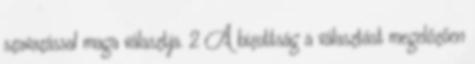
szavazással maga választja. 2 A bizottság a választást megelőzően